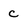
Character: c